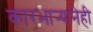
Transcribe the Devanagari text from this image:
कारभार्‍यानेही